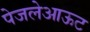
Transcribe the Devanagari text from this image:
पेजलेआऊट